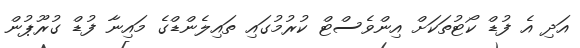
އަދި އެ ފުޑް ކޯޓުތަކަށް އިންވެސްޓް ކުރުމުގައި ތައިލެންޑްގެ މައިނާ ފުޑް ގުރޫޕުން